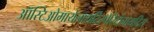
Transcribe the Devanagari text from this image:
ऑस्टिओमायेलायटिस्पेरिटोनायटिस्